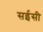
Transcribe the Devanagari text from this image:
सईसी